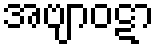
အဗျာဝဋာ